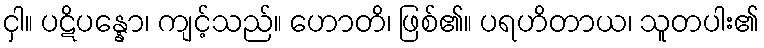
ငှါ။ ပဋိပန္နော၊ ကျင့်သည်။ ဟောတိ၊ ဖြစ်၏။ ပရဟိတာယ၊ သူတပါး၏